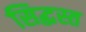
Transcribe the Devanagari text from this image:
सिद्धस्त